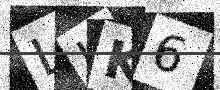
Text: LKK6